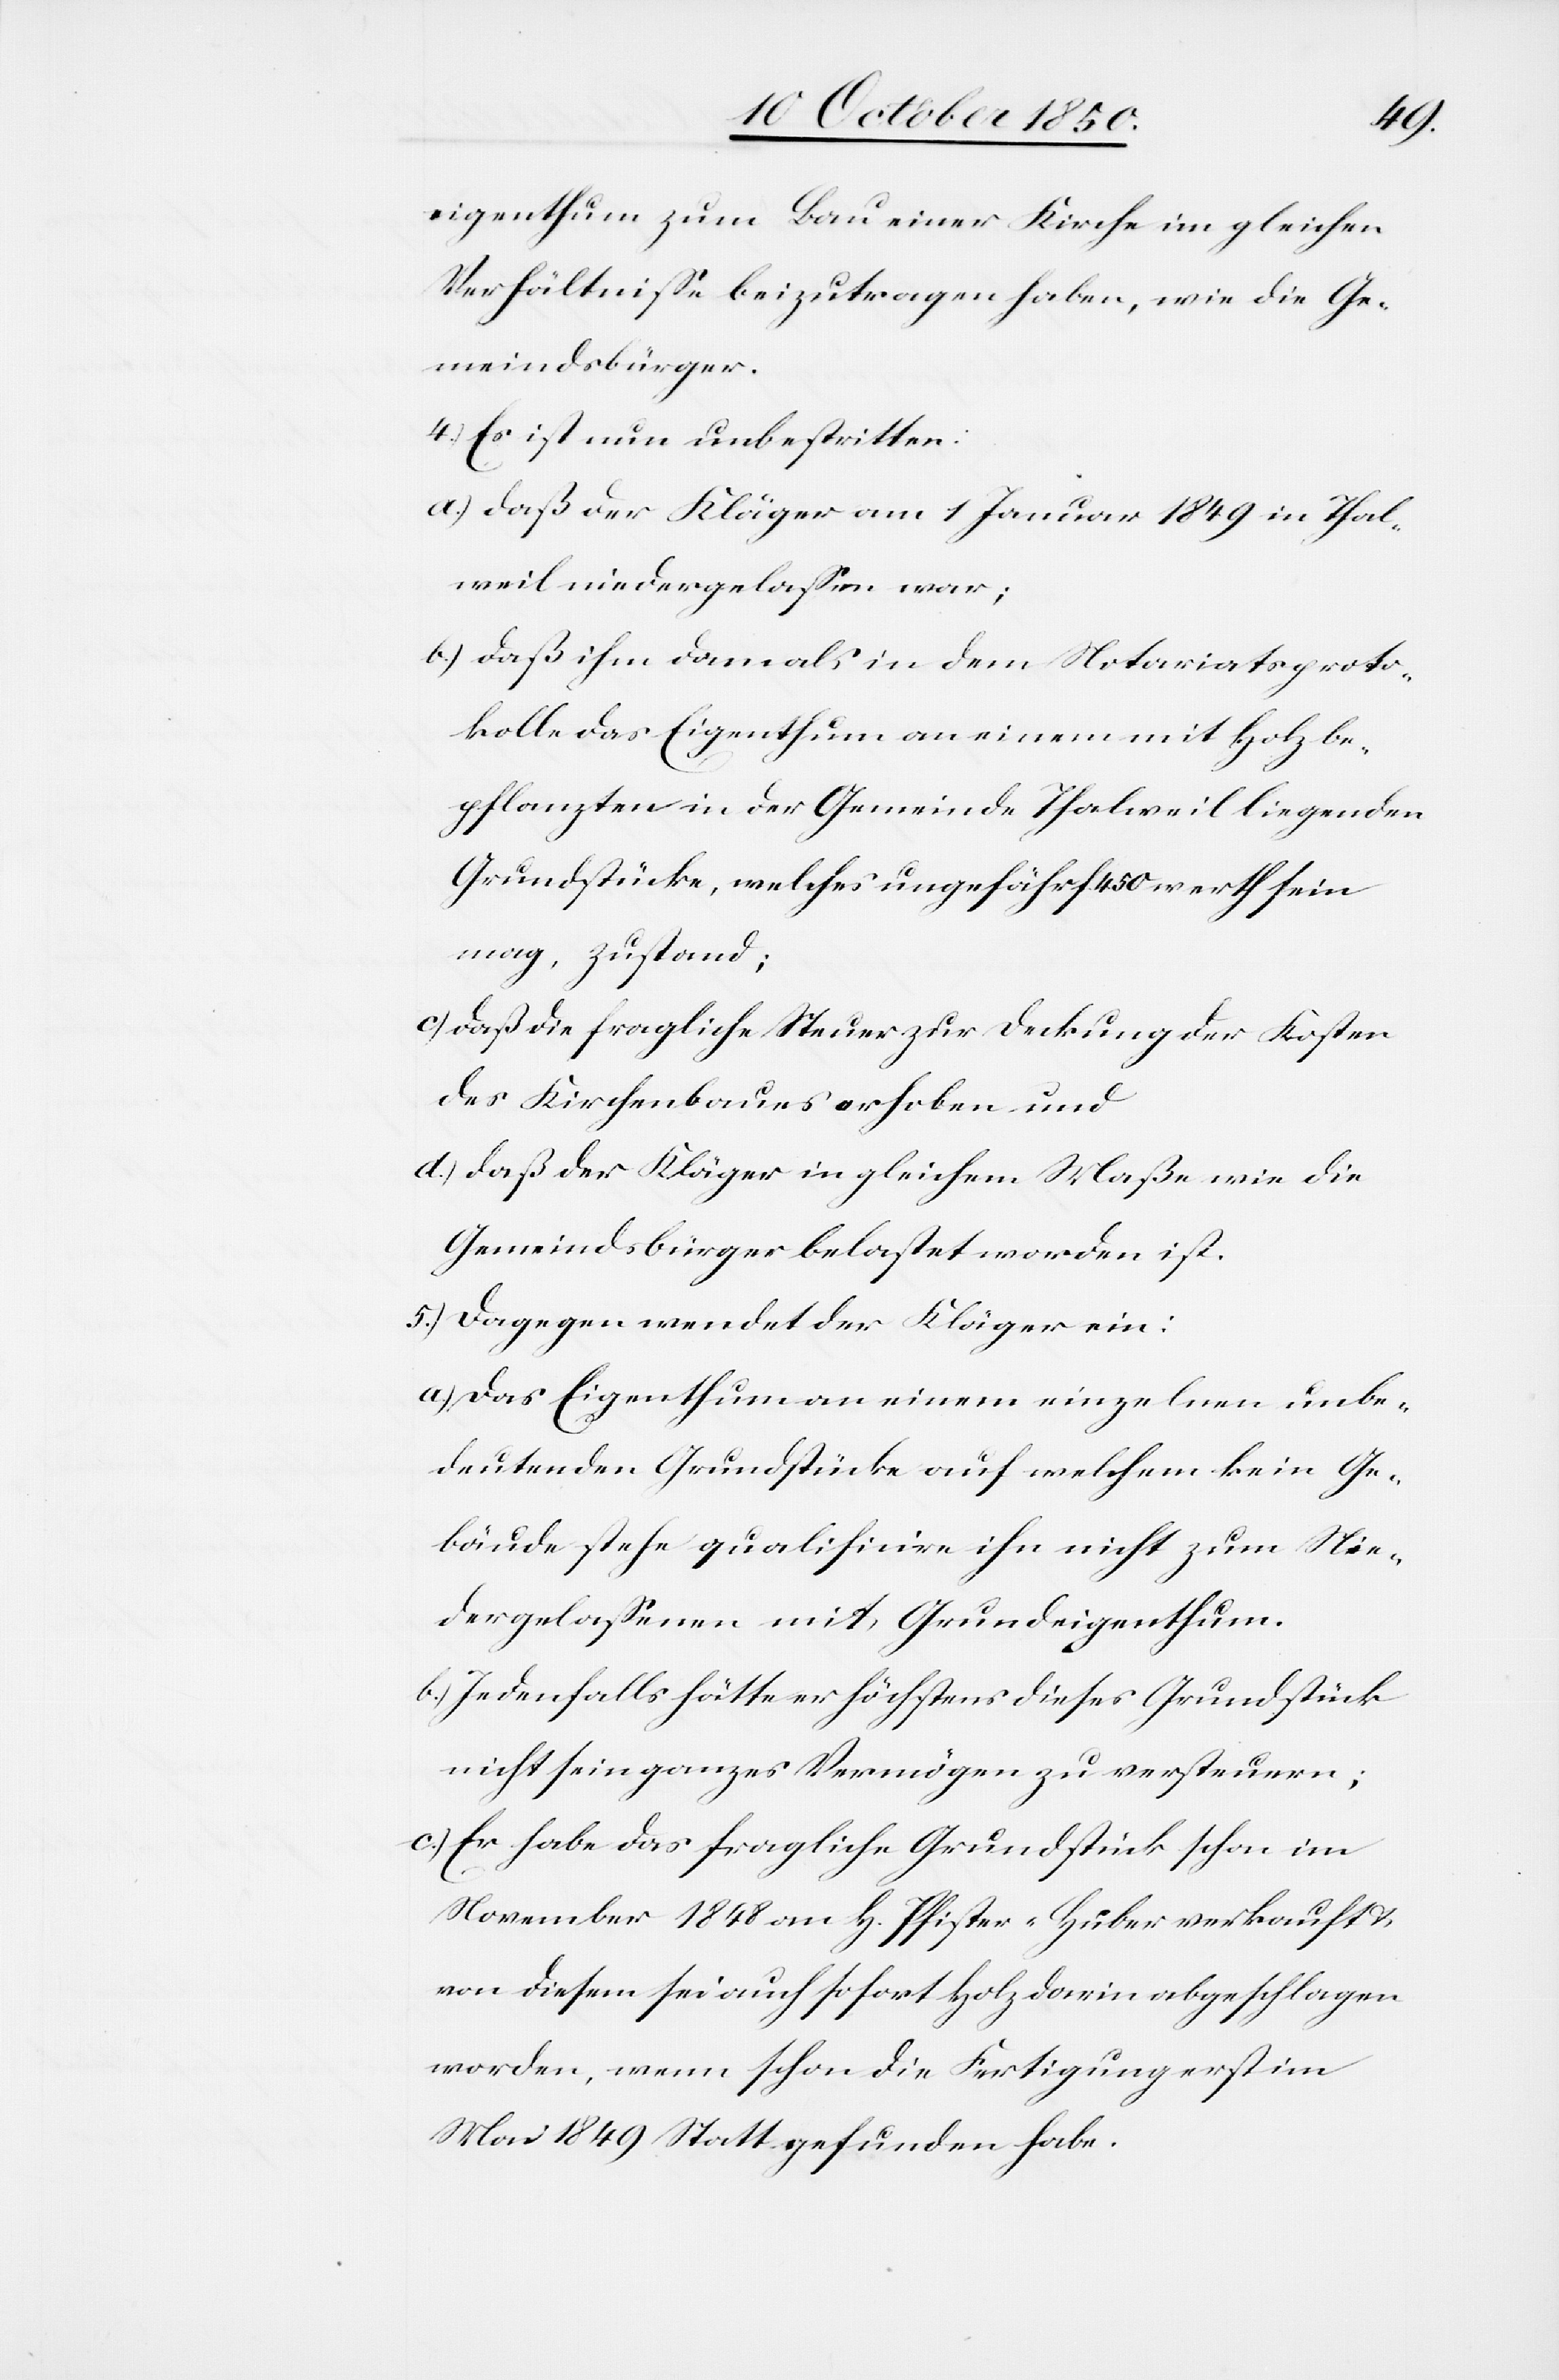
eigenthum zum Bau einer Kirche im gleichen
Verhältnisse beizutragen haben, wie die Ge¬
meindsbürger.
4.) Es ist nun unbestritten:
a.) daß der Kläger am 1 Januar 1849 in Thal¬
weil niedergelassen war;
b.) daß ihm damals in dem Notariatsproto¬
kolle das Eigenthum an einem mit Holz be¬
pflanzten in der Gemeinde Thalweil liegenden
Grundstücke, welches ungefähr f. 450 werth sein
mag, zustand;
c) daß die fragliche Steuer zur Deckung der Kosten
des Kirchenbaues erhoben und
d.) daß der Kläger in gleichem Maße wie die
Gemeindsbürger belastet worden ist.
5.) Dagegen wendet der Kläger ein:
a.) Das Eigenthum an einem einzelnen unbe¬
deutenden Grundstücke auf welchem kein Ge¬
bäude stehe qualificire ihn nicht zum Nie¬
dergelassenen mit Grundeigenthum.
b.) Jedenfalls hätte er höchstens dieses Grundstück
nicht sein ganzes Vermögen zu versteuern;
c.) Er habe das fragliche Grundstück schon im
November 1848 an H. Pfister-Huber verkauft u.
von diesem sei auch sofort Holz darin abgeschlagen
worden, wenn schon die Fertigung erst im
Nov 1849 Statt gefunden habe.